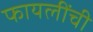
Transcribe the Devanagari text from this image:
फायलींची